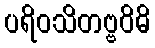
ပရိဝသိတဗ္ဗဝိဓိ